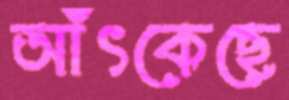
আঁৎকেছে